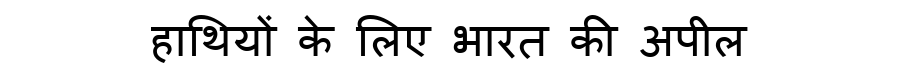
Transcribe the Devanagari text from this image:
हाथियों के लिए भारत की अपील